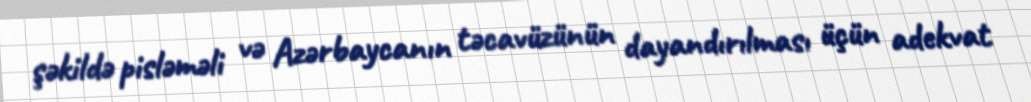
şəkildə pisləməli və Azərbaycanın təcavüzünün dayandırılması üçün adekvat